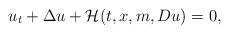
LaTeX: \begin{align*}u_{t}+\Delta u +\mathcal{H}(t,x,m,Du)=0,\end{align*}